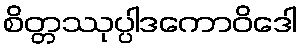
စိတ္တဿုပ္ပါဒကောဝိဒေါ